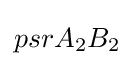
psrA_{2}B_{2}